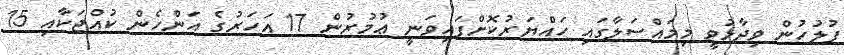
ފުލުހުން ވިދާޅުވީ މިމައްސަލާގައި ހައްޔަރުކޮށްފައިވަނީ ޢުމުރުން 17 އަހަރުގެ އަންހެން ކުއްޖަކާއި 15